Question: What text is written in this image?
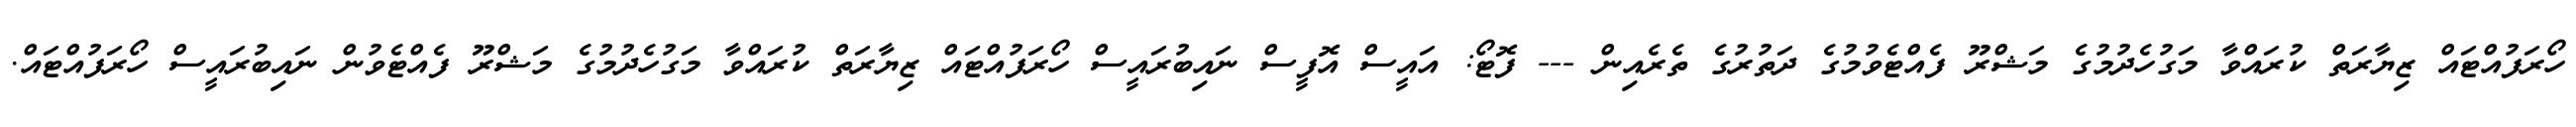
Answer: ހޯރަފުއްޓައް ޒިޔާރަތް ކުރައްވާ މަގުހެދުމުގެ މަޝްރޫ ފެއްޓެވުމުގެ ދަތުރުގެ ތެރެއިން --- ފޮޓޯ: އައީސް އޮފީސް ނައިބުރައީސް ހޯރަފުއްޓައް ޒިޔާރަތް ކުރައްވާ މަގުހެދުމުގެ މަޝްރޫ ފެއްޓެވުން ނައިބުރައީސް ހޯރަފުއްޓައް.